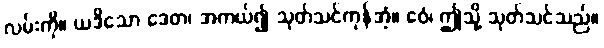
လမ်းကို။ ယဒိသော ဒေတ၊ အကယ်၍ သုတ်သင်ကုန်အံ့။ ဧဝံ၊ ဤသို့ သုတ်သင်သည်။